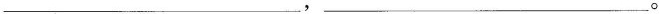
___,___。